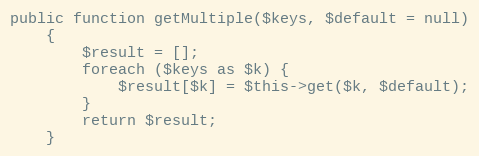
Language: PHP
public function getMultiple($keys, $default = null)
    {
        $result = [];
        foreach ($keys as $k) {
            $result[$k] = $this->get($k, $default);
        }
        return $result;
    }